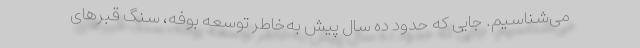
می‌شناسیم. جایی که حدود ده سال پیش به‌خاطر توسعه بوفه، سنگ قبرهای